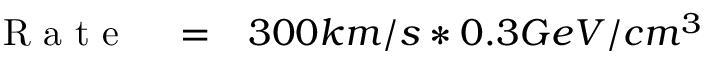
\begin{array} { r l r } { \mathrm { ~ R ~ a ~ t ~ e ~ } } & { { } = } & { 3 0 0 k m / s * 0 . 3 G e V / c m ^ { 3 } } \end{array}